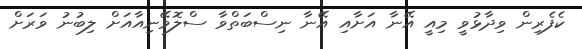
ކެފެރިން ވިދާޅުވީ މިއީ އޭނާ އަށާއި އޭނާ ނިސްބަތްވާ ސްލޮވޭނިއާއަށް ލިބުނު ވަރަށް